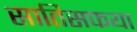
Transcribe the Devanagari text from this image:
सातिसफया